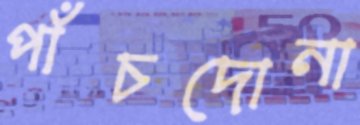
পাঁচদোনা